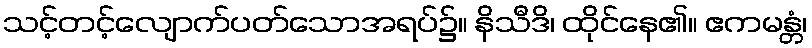
သင့်တင့်လျောက်ပတ်သောအရပ်၌။ နိသီဒိ၊ ထိုင်နေ၏။ ဧကမန္တံ၊